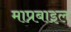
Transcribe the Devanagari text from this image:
माप्रबाइल